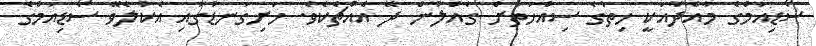
ސޯޑިއަމްގެ މާއްދާއަކީ ހިތުގެ ސިއްހަތަށް ގެއްލުން ދޭ އެއްޗެކެވެ. ހަށިގަނޑުގައި އެކުލެވޭ ސޯޑިއަމްގެ